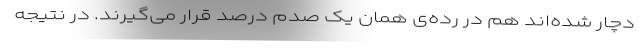
دچار شده‌اند هم در رده‌ی همان یک صدم درصد قرار می‌گیرند. در نتیجه